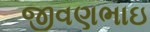
જીવણભાઇ